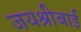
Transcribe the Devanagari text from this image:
जयश्रीबाई